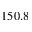
1 5 0 . 8